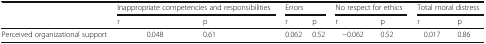
| <ROWSPAN=2>  | <COLSPAN=2> Inappropriate competencies and responsibilities | <COLSPAN=2> Errors | <COLSPAN=2> No respect for ethics | <COLSPAN=2> Total moral distress |
 | r | p | r | p | r | p | r | p |
 | --- | --- | --- | --- | --- | --- | --- | --- | --- |
 | Perceived organizational support | 0.048 | 0.61 | 0.062 | 0.52 | −0.062 | 0.52 | 0.017 | 0.86 |